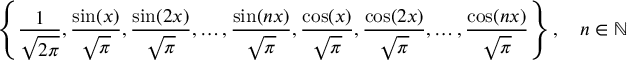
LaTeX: \left\{ { \frac { 1 } { \sqrt { 2 \pi } } } , { \frac { \sin ( x ) } { \sqrt { \pi } } } , { \frac { \sin ( 2 x ) } { \sqrt { \pi } } } , \ldots , { \frac { \sin ( n x ) } { \sqrt { \pi } } } , { \frac { \cos ( x ) } { \sqrt { \pi } } } , { \frac { \cos ( 2 x ) } { \sqrt { \pi } } } , \ldots , { \frac { \cos ( n x ) } { \sqrt { \pi } } } \right\} , \quad n \in \mathbb { N }